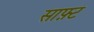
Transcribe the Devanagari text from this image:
साफ़्ट